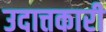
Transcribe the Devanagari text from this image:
उदात्तकारी